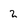
Character: 2